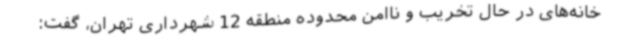
خانه‌های در حال تخریب و ناامن محدوده منطقه 12 شهرداری تهران، گفت: